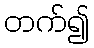
တက်၍